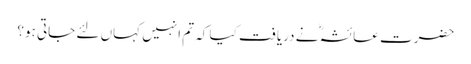
حضرت عائشہؓ نے دریافت کیا کہ تم انہیں کہاں لئے جاتی ہو؟